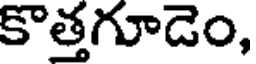
కొత్తగూడెం,